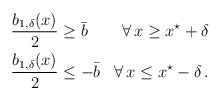
\begin{align*} \begin{aligned}\dfrac{b_{1,\delta}(x)}{2} &\geq \bar b &\forall \, x \geq x^\star + \delta\\\dfrac{b_{1,\delta}(x)}{2} &\leq - \bar b &\forall \, x \leq x^\star - \delta\,.\end{aligned} \end{align*}